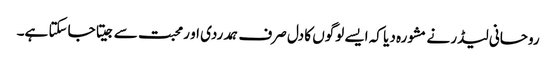
روحانی لیڈر نے مشورہ دیا کہ ایسے لوگوں کا دل صرف ہمدردی او رمحبت سے جیتا جاسکتا ہے۔